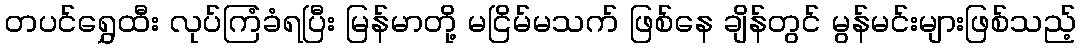
တပင်ရွှေထီး လုပ်ကြံခံရပြီး မြန်မာတို့ မငြိမ်မသက် ဖြစ်နေ ချိန်တွင် မွန်မင်းများဖြစ်သည့်